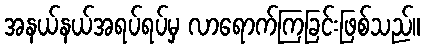
အနယ်နယ်အရပ်ရပ်မှ လာရောက်ကြခြင်းဖြစ်သည်။